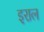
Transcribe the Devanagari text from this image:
इराल